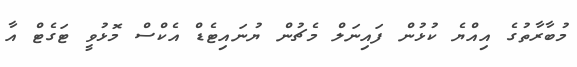
މުބާރާތުގެ އިއްޔެ ކުޅުން ފައިނަލް މެޗުން ޔުނައިޓެޑް އެކްސް މޮޅުވީ ޓަގެޓް އާ